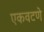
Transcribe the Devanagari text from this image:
एकवटणे